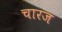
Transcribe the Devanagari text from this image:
चारज